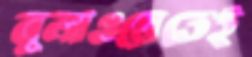
বুলাওয়েতেই